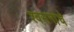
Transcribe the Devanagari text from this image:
श्वसनांचे